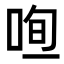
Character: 𠳉